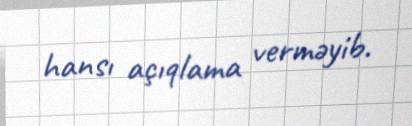
hansı açıqlama verməyib.